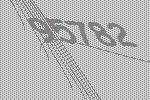
95782